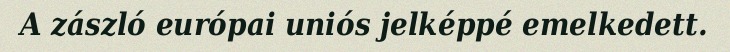
A zászló európai uniós jelképpé emelkedett.